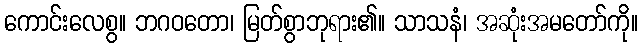
ကောင်းလေစွ။ ဘဂဝတော၊ မြတ်စွာဘုရား၏။ သာသနံ၊ အဆုံးအမတော်ကို။